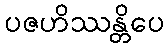
ပဇဟိဿန္တိပေ